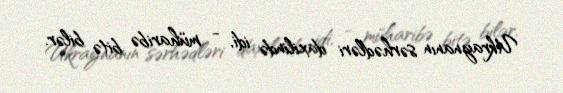
Ukraynanın sərhədləri daxilində idi, - müharibə bitə bilər.